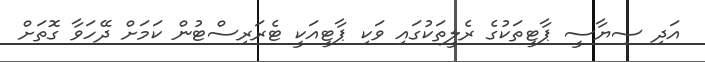
އަދި ސިޔާސީ ޕާޓީތަކުގެ ރެލީތަކުގައި ވަކި ޕާޓީއަކީ ޓެރަރިސްޓުން ކަމަށް ދޭހަވާ ގޮތަށް